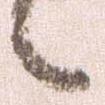
々